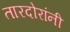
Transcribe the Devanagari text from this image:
तारदोरांनी